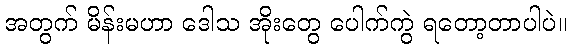
အတွက် မိန်းမဟာ ဒေါသ အိုးတွေ ပေါက်ကွဲ ရတော့တာပါပဲ။